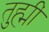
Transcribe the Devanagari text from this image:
तुह्मीं